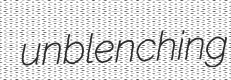
unblenching